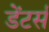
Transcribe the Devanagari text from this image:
डेंटर्स